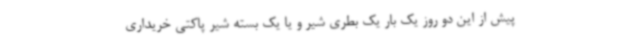
پیش از این دو روز یک بار یک بطری شیر و یا یک بسته شیر پاکتی خریداری